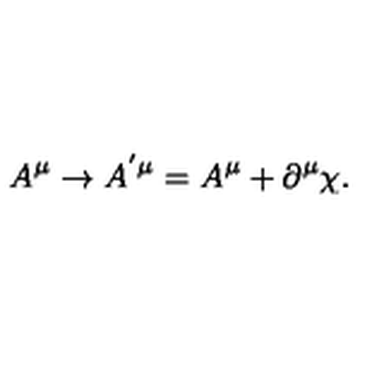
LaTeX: A ^ { \mu } \rightarrow A ^ { ^ { \prime } \mu } = A ^ { \mu } + \partial ^ { \mu } \chi .